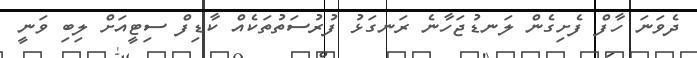
ދެވަނަ ހާފް ފެށިގެން ލަނޑުޖަހާނެ ރަނގަޅު ފުރުސަތުތަކެއް ކާޑިފް ސިޓީއަށް ލިބި ވަނީ